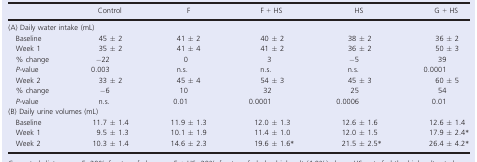
<table><thead><tr><td></td><td><b>Control</b></td><td><b>F</b></td><td><b>F + HS</b></td><td><b>HS</b></td><td><b>G + HS</b></td></tr></thead><tbody><tr><td colspan="6">(A) Daily water intake (mL)</td></tr><tr><td>Baseline</td><td>45 ± 2</td><td>41 ± 2</td><td>40 ± 2</td><td>38 ± 2</td><td>36 ± 2</td></tr><tr><td>Week 1</td><td>35 ± 2</td><td>41 ± 4</td><td>41 ± 2</td><td>36 ± 2</td><td>50 ± 3</td></tr><tr><td>% change</td><td>−22</td><td>0</td><td>3</td><td>−5</td><td>39</td></tr><tr><td><i>P</i>‐value</td><td>0.003</td><td>n.s.</td><td>n.s.</td><td>n.s.</td><td>0.0001</td></tr><tr><td>Week 2</td><td>33 ± 2</td><td>45 ± 4</td><td>54 ± 3</td><td>45 ± 3</td><td>60 ± 5</td></tr><tr><td>% change</td><td>−6</td><td>10</td><td>32</td><td>25</td><td>54</td></tr><tr><td><i>P</i>‐value</td><td>n.s.</td><td>0.01</td><td>0.0001</td><td>0.0006</td><td>0.01</td></tr><tr><td colspan="6">(B) Daily urine volumes (mL)</td></tr><tr><td>Baseline</td><td>11.7 ± 1.4</td><td>11.9 ± 1.3</td><td>12.0 ± 1.3</td><td>12.6 ± 1.6</td><td>12.6 ± 1.4</td></tr><tr><td>Week 1</td><td>9.5 ± 1.3</td><td>10.1 ± 1.9</td><td>11.4 ± 1.0</td><td>12.0 ± 1.5</td><td>17.9 ± 2.4 *</td></tr><tr><td>Week 2</td><td>10.3 ± 1.4</td><td>14.6 ± 2.3</td><td>19.6 ± 1.6*</td><td>21.5 ± 2.5*</td><td>26.4 ± 4.2*</td></tr></tbody></table>